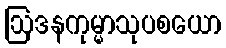
ဩဒနကုမ္မာသုပစယော